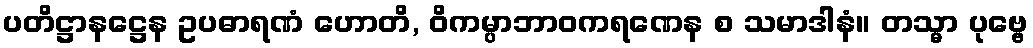
ပတိဋ္ဌာနဋ္ဌေန ဥပဓာရဏံ ဟောတိ, ဝိကမ္ပာဘာဝကရဏေန စ သမာဒါနံ။ တသ္မာ ပုဗ္ဗေ